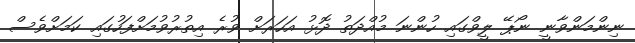
ނިންމަންވާނީ ނޯޕޭ ލީވްގައި ހުންނަ މުއްދަތު ދޮޅު އަހަރަށް ވުރެ އިތުރުވުމަށްފަހުގައި ކަމަށްވެސް